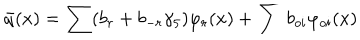
\bar { q } ( x ) = \sum ( b _ { r } + b _ { - r } \gamma _ { 5 } ) \varphi _ { r } ( x ) + \sum b _ { o i } \varphi _ { o i } ( x )